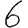
Digit: 6